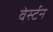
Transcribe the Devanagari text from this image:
वेर्स्टन